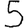
Digit: 5